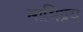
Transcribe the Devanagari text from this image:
साभिप्रय